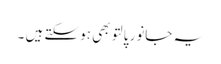
یہ جانور پالتو بھی ہوسکتے ہیں ۔